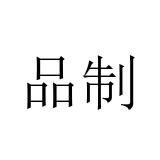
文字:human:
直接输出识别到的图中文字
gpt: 品制